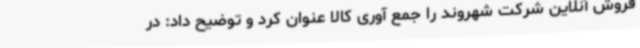
فروش آنلاین شرکت شهروند را جمع آوری کالا عنوان کرد و توضیح داد: در